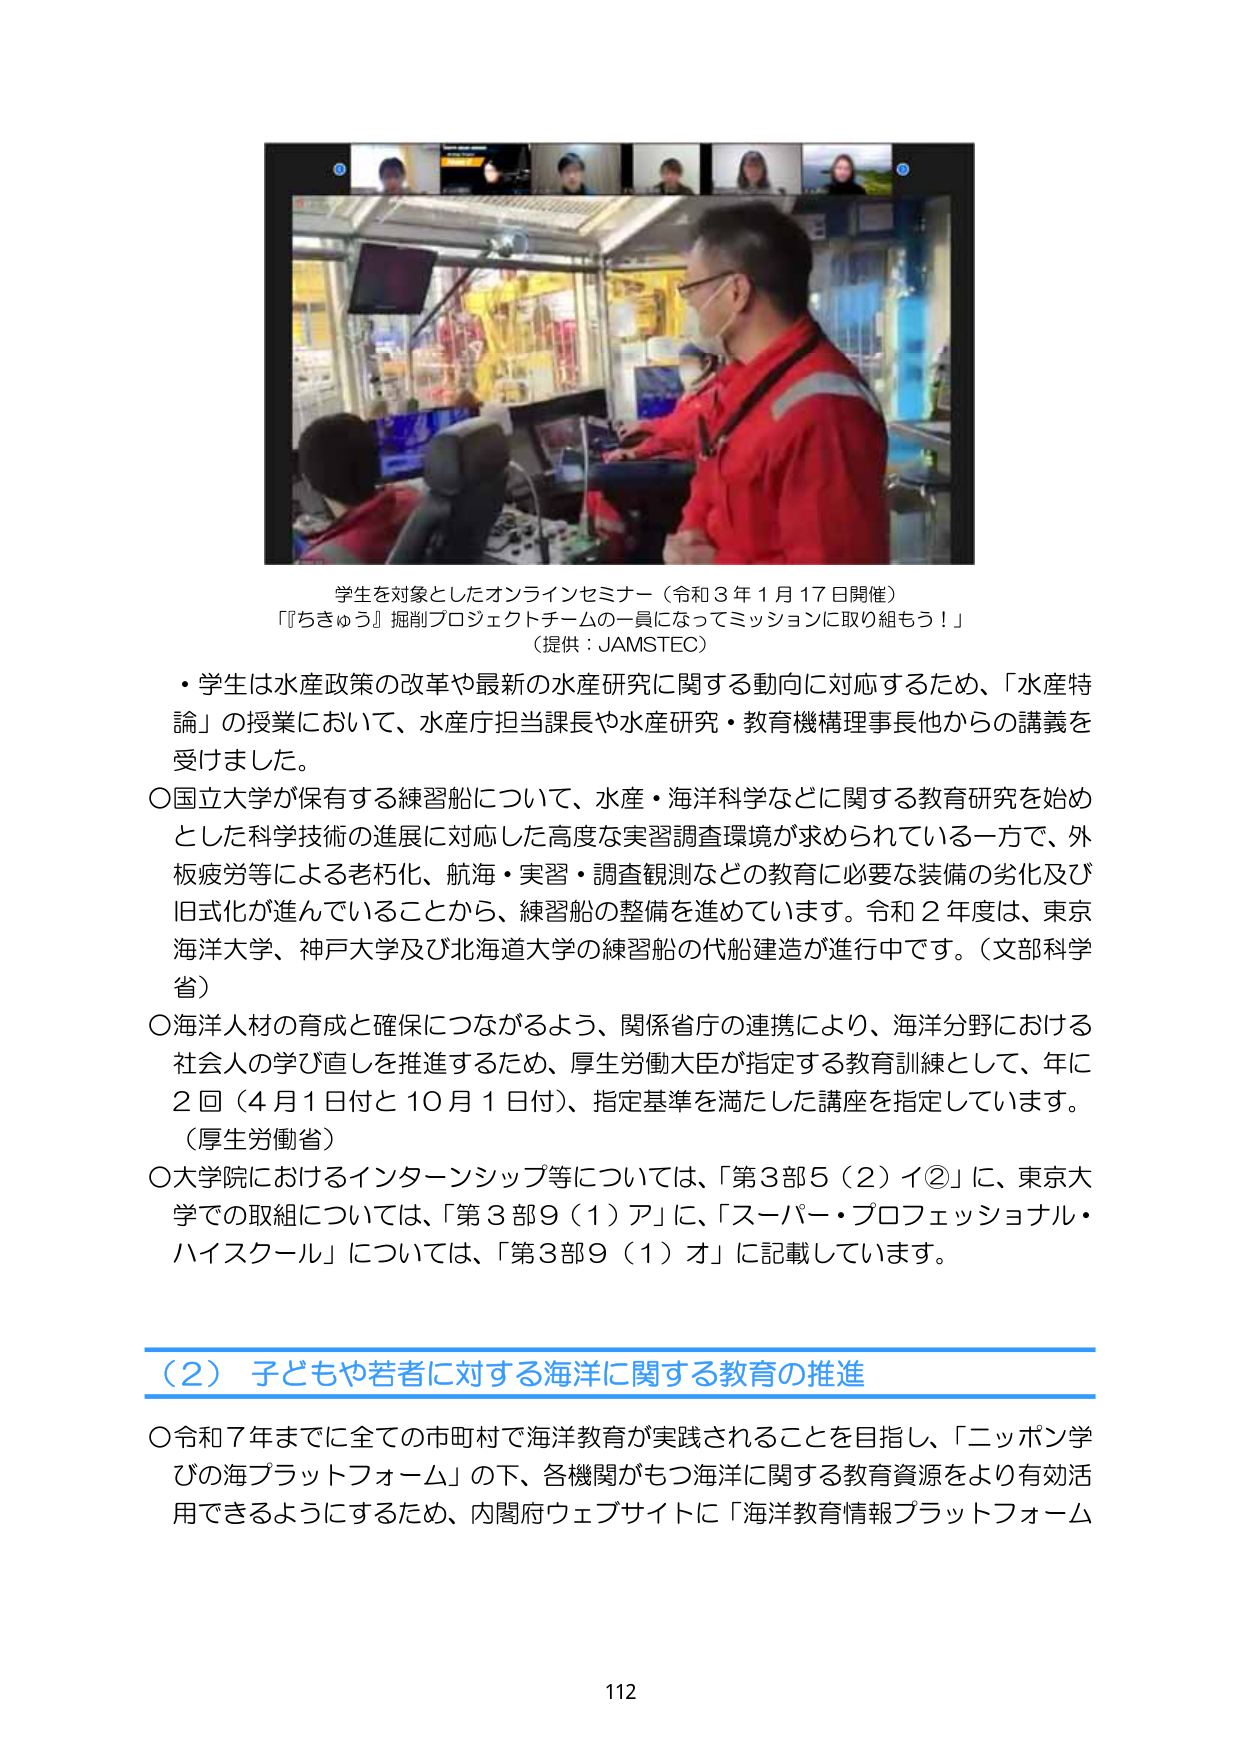
学生を対象としたオンラインセミナー（令和３年１月17日開催）
「『ちきゅう』掘削プロジェクトチームの一員になってミッションに取り組もう！」
（提供：JAMSTEC）

・学生は水産政策の改革や最新の水産研究に関する動向に対応するため、「水産特論」の授業において、水産庁担当課長や水産研究・教育機構理事長他からの講義を受けました。

○国立大学が保有する練習船について、水産・海洋科学などに関する教育研究を始めとした科学技術の進展に対応した高度な実習調査環境が求められている一方で、外板疲労等による老朽化、航海・実習・調査観測などの教育に必要な装備の劣化及び旧式化が進んでいることから、練習船の整備を進めています。令和２年度は、東京海洋大学、神戸大学及び北海道大学の練習船の代船建造が進行中です。（文部科学省）

○海洋人材の育成と確保につながるよう、関係省庁の連携により、海洋分野における社会人の学び直しを推進するため、厚生労働大臣が指定する教育訓練として、年に２回（４月１日付と10月１日付）、指定基準を満たした講座を指定しています。（厚生労働省）

○大学院におけるインターンシップ等については、「第３部５（２）イ②」に、東京大学での取組については、「第３部９（１）ア」に、「スーパー・プロフェッショナル・ハイスクール」については、「第３部９（１）オ」に記載しています。

（２）子どもや若者に対する海洋に関する教育の推進

○令和７年までに全ての市町村で海洋教育が実践されることを目指し、「ニッポン学びの海プラットフォーム」の下、各機関がもつ海洋に関する教育資源をより有効活用できるようにするため、内閣府ウェブサイトに「海洋教育情報プラットフォーム

112